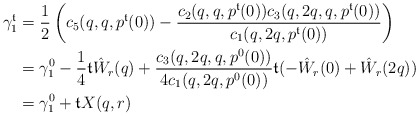
\begin{align*}\gamma_1^\mathfrak{t} &= \frac{1}{2} \left(c_5(q,q,p^\mathfrak{t}(0))-\frac{c_2(q,q,p^\mathfrak{t}(0))c_3(q,2q,q,p^\mathfrak{t}(0))}{c_1(q,2q,p^\mathfrak{t}(0))}\right)\\&=\gamma_1^0 - \frac{1}{4}\mathfrak{t} \hat W_r(q) + \frac{c_3(q,2q,q,p^0(0))}{4c_1(q,2q,p^0(0))}\mathfrak{t}(-\hat W_r(0)+\hat W_r(2q))\\&= \gamma_1^0 + \mathfrak{t} X(q,r)\end{align*}